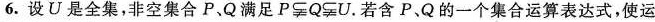
6.设U是全集，非空集合P、Q。满足P\subsetneqq Q\subsetneqq U。若含P、Q的一个集合运算表达式，使运